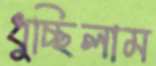
ধুচ্ছিলাম